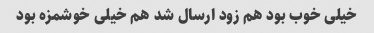
خیلی خوب بود هم زود ارسال شد هم خیلی خوشمزه بود